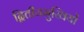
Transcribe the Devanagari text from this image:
द्वितीयमुखियों